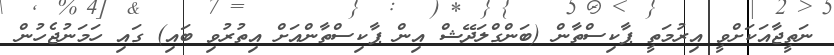
ނަތީޖާއަކަށްވީ އިރުމަތީ ޕާކިސްތާން (ބަންގްލަދޭޝް އިން ޕާކިސްތާންއަށް އިތުރުވި ބައި) ގައި ހަމަނުޖެހުން